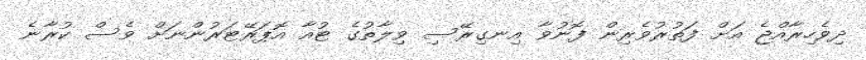
ދިވެހިރާއްޖެ އަށް ފަތުރުވެރިން ފޮނުވާ އިނގިރޭސި ވިލާތުގެ ޓުއާ އޮޕަރޭޓަރުންނަށް ވެސް ކުރާނެ